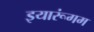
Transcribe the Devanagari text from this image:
इयारूंगम